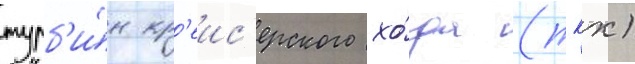
турб'и́н кр'еис'ерского хо́да (ткх)